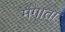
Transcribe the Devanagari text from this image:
मंगाता